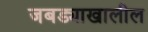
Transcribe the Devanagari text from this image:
जबड्याखालील